Vaccination in Burma 1889-1999 - 1889-1999
Year: 1889
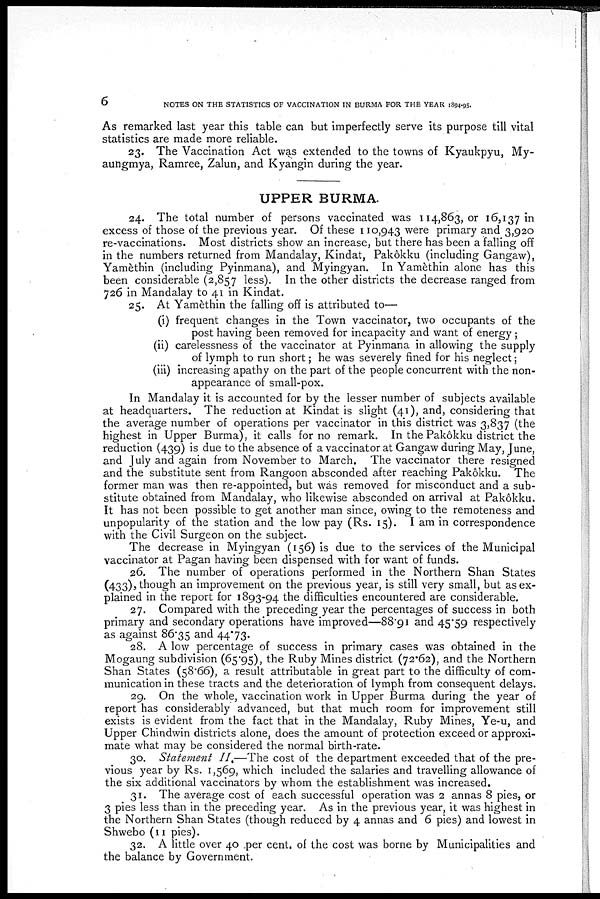
6
NOTES ON THE STATISTICS OF VACCINATION IN BURMA FOR THE YEAR 1894-95.
As remarked last year this table can but imperfectly serve its purpose till vital
statistics are made more reliable.
23. The Vaccination Act was extended to the towns of Kyaukpyu, My-
aungmya, Ramree, Zalun, and Kyangin during the year.
UPPER BURMA.
24. The total number of persons vaccinated was 114,863, or 16,137 in
excess of those of the previous year. Of these 110,943 were primary and 3,920
re-vaccinations. Most districts show an increase, but there has been a falling off
in the numbers returned from Mandalay, Kindat, Pakôkku (including Gangaw),
Yamèthin (including Pyinmana), and Myingyan. In Yamèthin alone has this
been considerable (2,857 less). In the other districts the decrease ranged from
726 in Mandalay to 41 in Kindat.
25. At Yamèthin the falling off is attributed to—
(i) frequent changes in the Town vaccinator, two occupants of the
post having been removed for incapacity and want of energy ;
(ii) carelessness of the vaccinator at Pyinmana in allowing the supply
of lymph to run short; he was severely fined for his neglect;
(iii) increasing apathy on the part of the people concurrent with the non-
appearance of small-pox.
In Mandalay it is accounted for by the lesser number of subjects available
at headquarters. The reduction at Kindat is slight (41), and, considering that
the average number of operations per vaccinator in this district was 3,837 (the
highest in Upper Burma), it calls for no remark. In the Pakôkku district the
reduction (439) is due to the absence of a vaccinator at Gangaw during May, June,
and July and again from November to March. The vaccinator there resigned
and the substitute sent from Rangoon absconded after reaching Pakôkku. The
former man was then re-appointed, but was removed for misconduct and a sub-
stitute obtained from Mandalay, who likewise absconded on arrival at Pakôkku.
It has not been possible to get another man since, owing to the remoteness and
unpopularity of the station and the low pay (Rs. 15). I am in correspondence
with the Civil Surgeon on the subject.
The decrease in Myingyan (156) is due to the services of the Municipal
vaccinator at Pagan having been dispensed with for want of funds.
26. The number of operations performed in the Northern Shan States
(433), though an improvement on the previous year, is still very small, but as ex-
plained in the report for 1893-94 the difficulties encountered are considerable.
27. Compared with the preceding year the percentages of success in both
primary and secondary operations have improved—88.91 and 45.59 respectively
as against 86.35 and 44.73.
28. A low percentage of success in primary cases was obtained in the
Mogaung subdivision (65.95), the Ruby Mines district (72.62), and the Northern
Shan States (58.66), a result attributable in great part to the difficulty of com-
munication in these tracts and the deterioration of lymph from consequent delays.
29. On the whole, vaccination work in Upper Burma during the year of
report has considerably advanced, but that much room for improvement still
exists is evident from the fact that in the Mandalay, Ruby Mines, Ye-u, and
Upper Chindwin districts alone, does the amount of protection exceed or approxi-
mate what may be considered the normal birth-rate.
30. Statement II.—The cost of the department exceeded that of the pre-
vious year by Rs. 1,569, which included the salaries and travelling allowance of
the six additional vaccinators by whom the establishment was increased.
31. The average cost of each successful operation was 2 annas 8 pies, or
3 pies less than in the preceding year. As in the previous year, it was highest in
the Northern Shan States (though reduced by 4 annas and 6 pies) and lowest in
Shwebo (11 pies).
32. A little over 40 per cent. of the cost was borne by Municipalities and
the balance by Government.